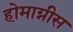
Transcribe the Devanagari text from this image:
होमाग्नीस